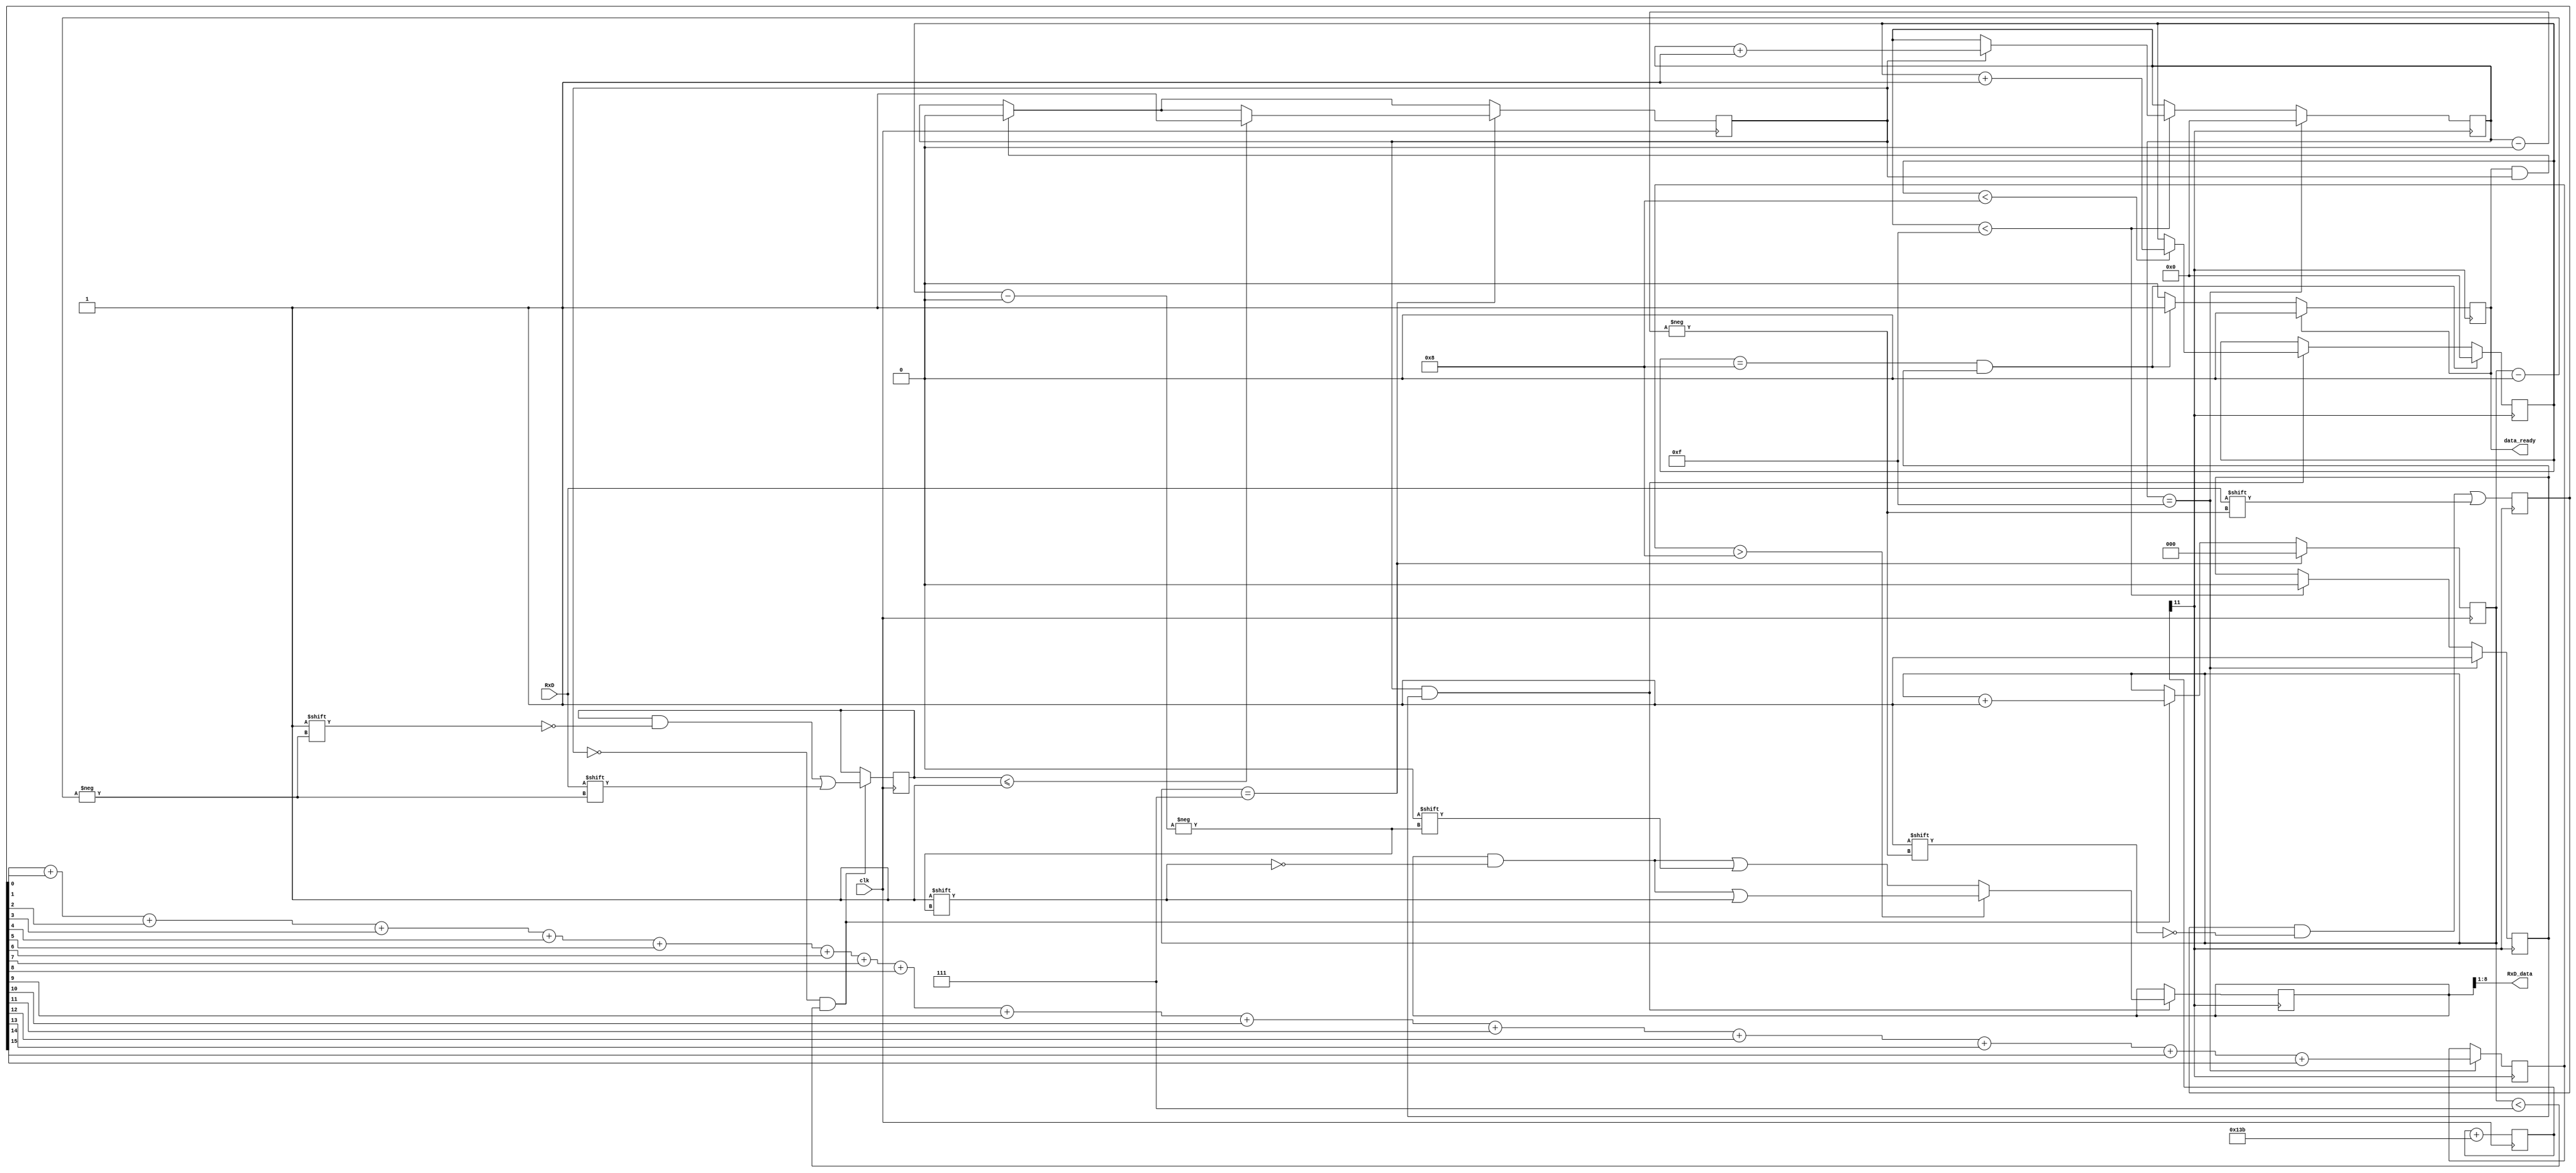
`timescale 1ns / 1ps
//////////////////////////////////////////////////////////////////////////////////
// Company: 
// Engineer: 
// 
// Design Name: 
// Module Name:    ASYNC_Receiver 
// Project Name: 
// Target Devices: 
// Tool versions: 
// Description: 
//
// Dependencies: 
//
// Revision: 
// Revision 0.01 - File Created
// Additional Comments: 
//
//////////////////////////////////////////////////////////////////////////////////
module ASYNC_Receiver (
    input clk,
    input RxD,
    output [7:0] RxD_data,
    output reg data_ready = 0
    );

    reg [15:0] oversampling_register = 0;
    reg [8:0] input_register;
    reg [3:0] counter = 0;
    reg [2:0] start_bit_detection_oversampler = 0;
    reg [3:0] start_bit_detection = 0;
    reg [3:0] bit_number = 0;
    reg [4:0] sum = 15;
	 reg count_done=0,start_bit = 0;

   //////////////////////////////////////////////////////////////////////////////////
	//Generating 16*BaudTick in order to oversample input data
    parameter ClkFrequency = 24000000; // 24MHz
    parameter Baud = 115200;
    parameter BaudGeneratorAccWidth = 16;
    parameter BaudGeneratorInc = ((Baud<<(BaudGeneratorAccWidth-4))+(ClkFrequency>>5))/(ClkFrequency>>4);

    reg [BaudGeneratorAccWidth:0] BaudGeneratorAcc = 0;

    always @(posedge clk)
        BaudGeneratorAcc <= BaudGeneratorAcc[BaudGeneratorAccWidth:0] + BaudGeneratorInc;

    wire BaudTick_16 = BaudGeneratorAcc[BaudGeneratorAccWidth-5];
	//////////////////////////////////////////////////////////////////////////////////
	
	
	//////////////////////////////////////////////////////////////////////////////////
	//start bit detection:
    always @(posedge clk)begin
        if(data_ready && start_bit) start_bit <= 0;
        if(!start_bit && start_bit_detection_oversampler < 7)begin
            start_bit_detection_oversampler <= start_bit_detection_oversampler +1;
            start_bit_detection[start_bit_detection_oversampler] <= RxD;
        end
        if (start_bit_detection_oversampler == 7) begin
            if (start_bit_detection <= 1) start_bit <= 1;
            start_bit_detection_oversampler <= 0;
        end
    end
	 ////////////////////////////////////////////////////////////////////////////////
	 
	 
	////////////////////////////////////////////////////////////////////////////////// 
	//start receving after detecting the start bit
    always @(posedge BaudTick_16) begin
        if (counter <15) begin
            count_done <= 0;
           if(start_bit) counter <= counter+1;
        end
        oversampling_register[counter] <= RxD;
        if (counter == 15) begin
            counter <= 0;
            sum <= oversampling_register[0]+oversampling_register[1]+oversampling_register[2]+oversampling_register[3]+oversampling_register[4]+oversampling_register[5]+oversampling_register[6]+oversampling_register[7]+oversampling_register[8]+oversampling_register[9]+oversampling_register[10]+oversampling_register[11]+oversampling_register[12]+oversampling_register[13]+oversampling_register[14]+oversampling_register[15];
            count_done <= 1;
        end

        if (start_bit && count_done) begin
            if (sum > 8) input_register[bit_number] <= 1;
            else input_register[bit_number] <= 0;
            if(bit_number < 8) bit_number <= bit_number+1;
        end
        if (bit_number == 8 && count_done) begin
            bit_number <= 0;
            data_ready <= 1;
        end

        if (data_ready) data_ready <=0;  //data ready stays high for 1 clock

    end
	 /////////////////////////////////////////////////////////////////////////////////
	 
	 
		assign RxD_data = input_register[8:1];  //don't consider the start bit

endmodule